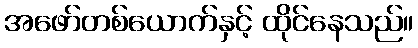
အဖော်တစ်ယောက်နှင့် ထိုင်နေသည်။